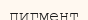
пигмент